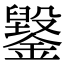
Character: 䥣